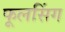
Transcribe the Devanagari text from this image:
फूलसिंग